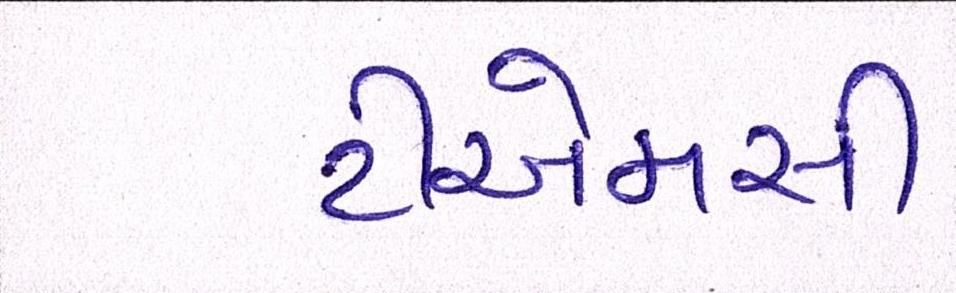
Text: ટીએમસી